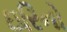
ઇરિનો